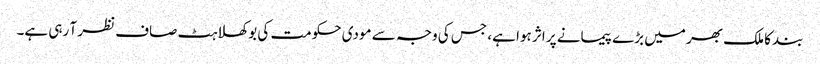
بند کا ملک بھر میں بڑے پیمانے پر اثر ہوا ہے، جس کی وجہ سے مودی حکومت کی بوکھلاہٹ صاف نظر آ رہی ہے۔